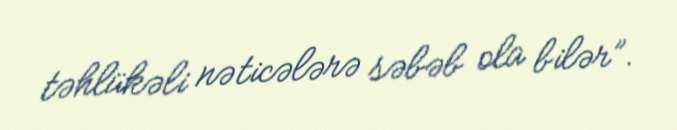
təhlükəli nəticələrə səbəb ola bilər”.